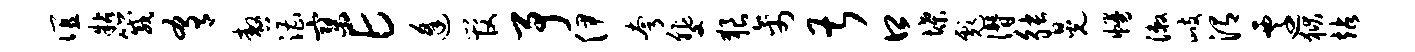
谊粘箴肴嗷漕寥E逢管予伊夸斐狼禽甚口堞彪僭觖晃幔漱歧渭迁狱站